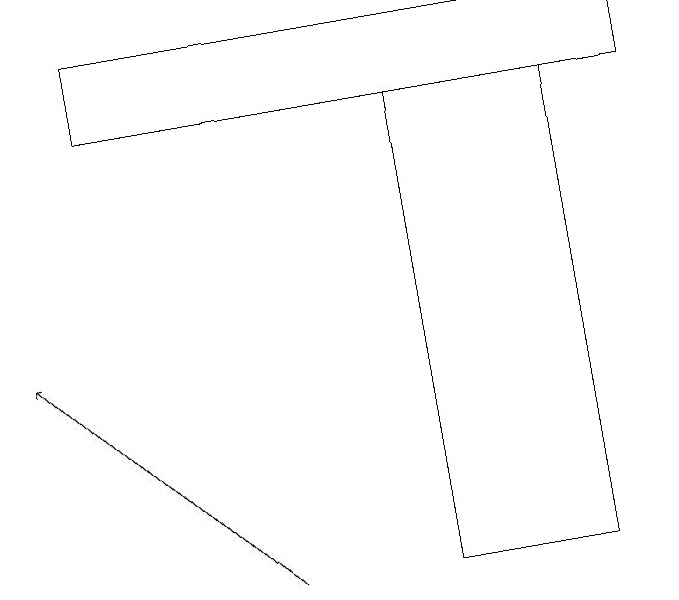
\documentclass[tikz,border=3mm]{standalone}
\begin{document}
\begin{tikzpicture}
\draw (7,12) rectangle (5,18);
\draw (1,18) rectangle (8,19);
\draw[->] (3,12) -- (0,15);
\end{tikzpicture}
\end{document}